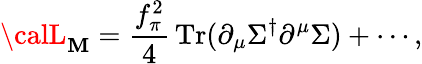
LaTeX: {\calL}_{\mathbf{M}}=\frac{{f_{\pi}^{2}}}{{4}}\, \mathrm{{Tr}}(\partial_{\mu}\Sigma^{\dagger}\partial^{\mu}\Sigma)+\cdots,